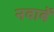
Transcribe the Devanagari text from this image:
नवाबें